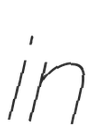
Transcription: in